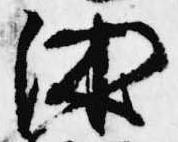
沐